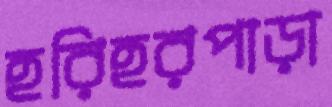
হরিহরপাড়া